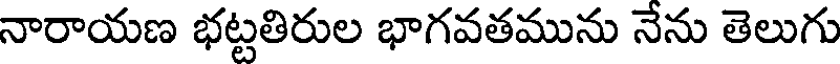
నారాయణ భట్టతిరుల భాగవతమును నేను తెలుగు